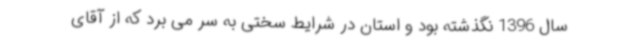
سال 1396 نگذشته بود و استان در شرایط سختی به سر می برد که از آقای